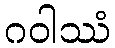
ဂဝါဿံ